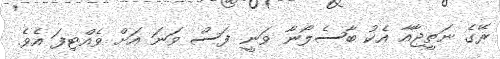
ރޭގެ ނަތީޖާއާ އެކު ބާސެލޯނާ ވަނީ ފަސް ވަނަ އަށް ވެއްޓިފަ އެވެ.